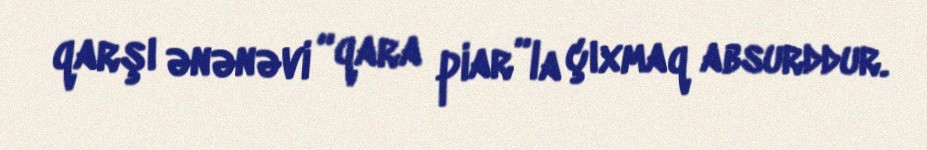
qarşı ənənəvi “qara piar”la çıxmaq absurddur.